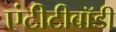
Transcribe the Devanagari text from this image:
एंटीटीबॉडी